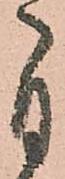
自